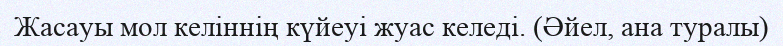
Жасауы мол келіннің күйеуі жуас келеді. (Әйел, ана туралы)